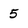
Character: 5